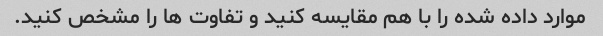
موارد داده شده را با هم مقایسه کنید و تفاوت ها را مشخص کنید.